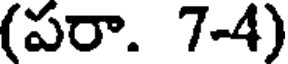
(పరా. 7-4)